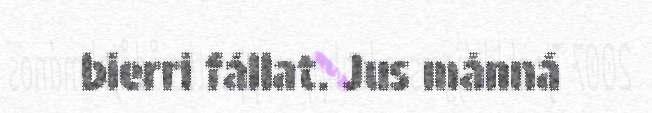
bierri fállat. Jus mánná